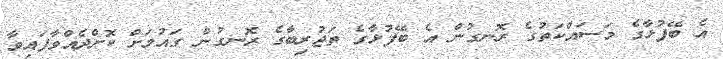
އެ ބޭފުޅާގެ މަސައްކަތުގެ ރޮނގުން އެ ބޭފުޅާގެ ތަޖުރިބާގެ ރޮނގުން ގައުމަށް ކޮށްދެއްވާފައިވާ